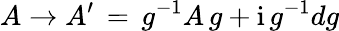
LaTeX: A\to A^{\prime}\, =\, g^{-1}A\, g+\mathrm{i}\, g^{-1}dg